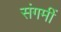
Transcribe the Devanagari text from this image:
संगमीं